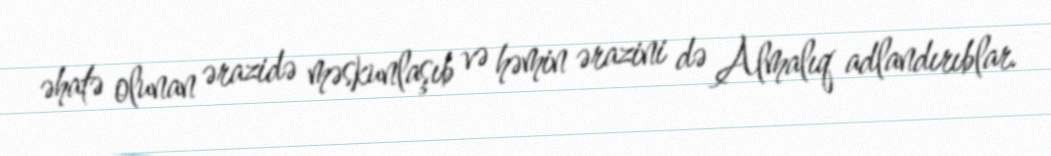
əhatə olunan ərazidə məskunlaşıb və həmin ərazini də Almalıq adlandırıblar.